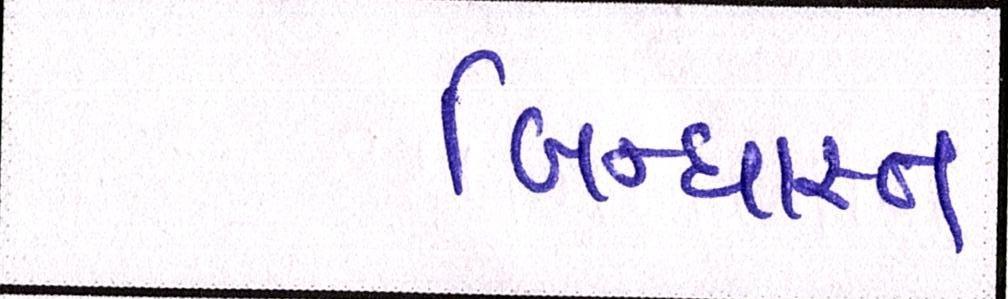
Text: બિન્ધાસ્ત